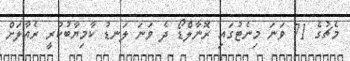
މެޗުގެ 71 ވަނަ މިނެޓުގައި ރޮނާލްޑޯ ދެ ވަނަ ލަނޑު ކާމިޔާބުކުރީ ރެއާލަށް